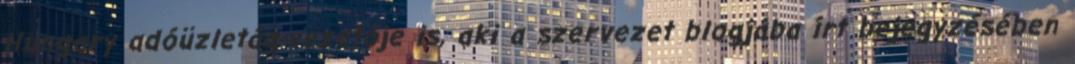
Hungary adóüzletág-vezetője is, aki a szervezet blogjába írt bejegyzésében